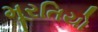
મૂરતિયો